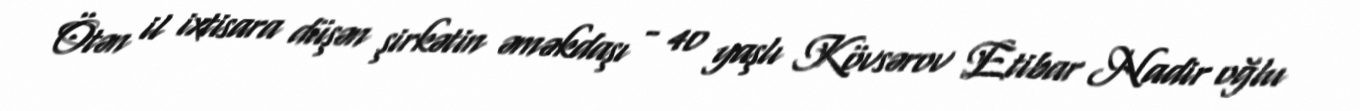
Ötən il ixtisara düşən şirkətin əməkdaşı - 40 yaşlı Kövsərov Etibar Nadir oğlu